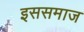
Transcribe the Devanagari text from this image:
इससमाज